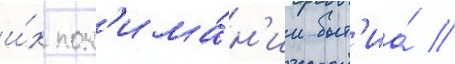
и́х пон'има́н'ии быт'иа́ //